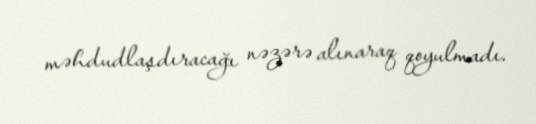
məhdudlaşdıracağı nəzərə alınaraq qoyulmadı.